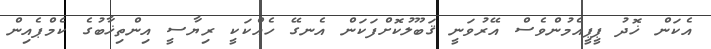
އެކަން ޚޮދު ޕީޕީއެމުންވެސް އޭރުވަނީ ޤަބޫލުކޮށްފަކަން އެނގޭ ހެއްކަކީ ރިޔާސީ އިންތިޚާބުގެ ކެމްޕެއިން